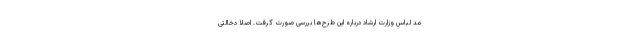
مد لباس وزارت ارشاد درباره این طرح‌ها بررسی صورت گرفت. اصلا دخالتی